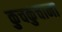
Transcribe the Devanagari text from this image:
कुचकुचाना